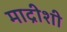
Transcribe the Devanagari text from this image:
माद्रीशी